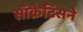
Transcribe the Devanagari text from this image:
सॉक्रेटिसने